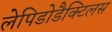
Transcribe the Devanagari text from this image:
लेपिडोडैक्टिलस